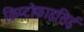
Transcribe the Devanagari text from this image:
क्रिप्टोफाइसिई